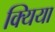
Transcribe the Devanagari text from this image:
क्यिया